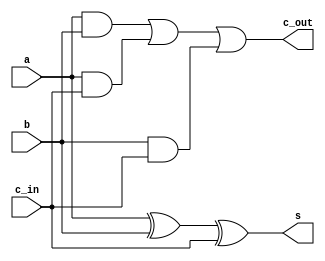
module fa_bh(s, c_out, a, b, c_in);
    input a, b, c_in;
    output s, c_out;

    reg s, c_out;
    always @(a, b, c_in) begin
        s = a ^ b ^ c_in;
        c_out = (a&b) | (a&c_in) | (b&c_in);
    end


endmodule